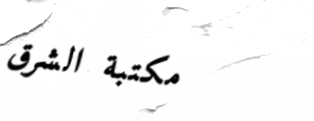
مكتبة الشرق